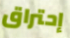
إحتراق